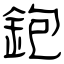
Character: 鉋